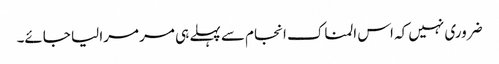
ضروری نہیں کہ اس المناک انجام سے پہلے ہی مر مرا لیا جائے۔